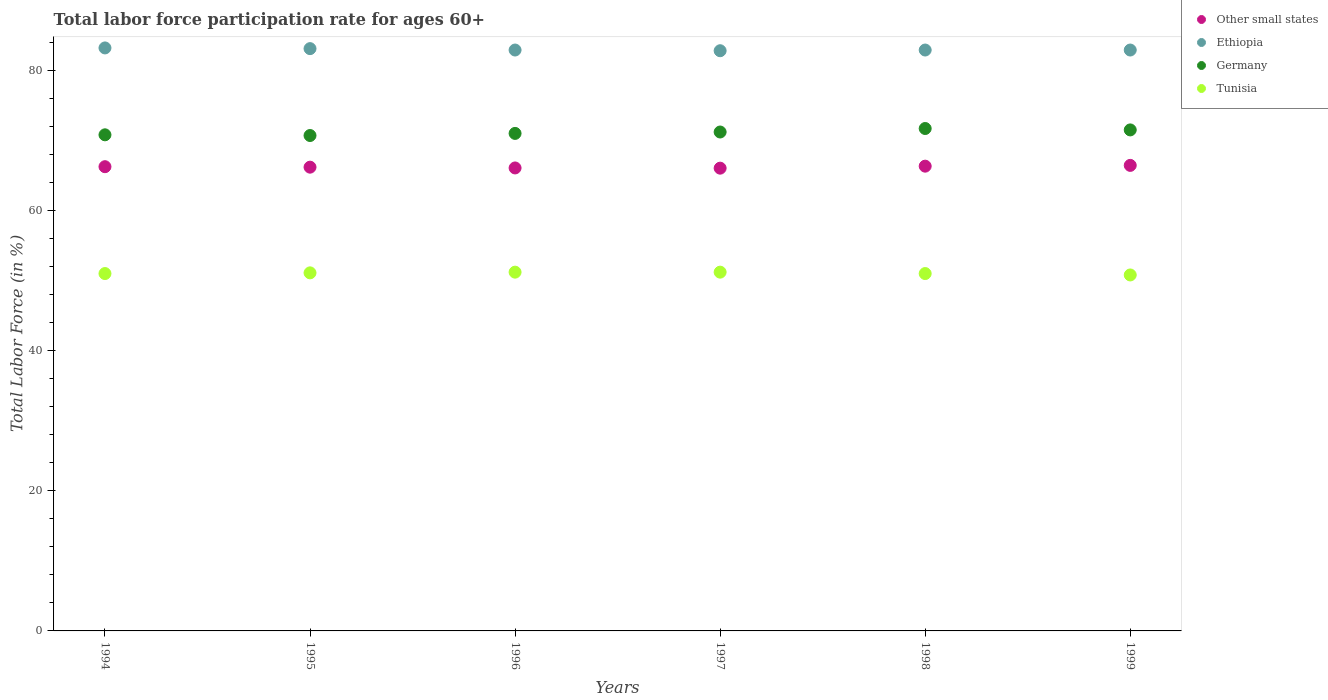
| Years | Other small states | Ethiopia | Germany | Tunisia |
 | --- | --- | --- | --- | --- |
 | 1994 | 66.3 | 83.2 | 70.8 | 51 |
 | 1995 | 66.2 | 83.1 | 70.7 | 51.1 |
 | 1996 | 66.1 | 82.9 | 71 | 51.2 |
 | 1997 | 66 | 82.8 | 71.2 | 51.2 |
 | 1998 | 66.3 | 82.9 | 71.7 | 51 |
 | 1999 | 66.4 | 82.9 | 71.5 | 50.8 |